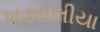
ખડસલીયા